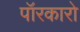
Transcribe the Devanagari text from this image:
पॉरकारो